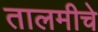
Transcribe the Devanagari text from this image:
तालमीचे